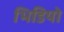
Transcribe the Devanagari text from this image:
भिडियो